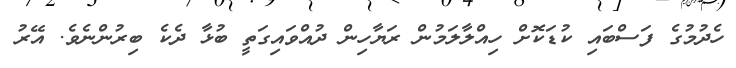
ހެދުމުގެ ފަސްބައި ކުޑަކޮށް ހިއްލާލަމުން ރަޔާހިން ދުއްވައިގަތީ ބުޅާ ދެކެ ބިރުންނެވެ. އޭރު